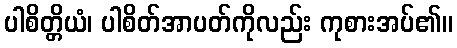
ပါစိတ္တိယံ၊ ပါစိတ်အာပတ်ကိုလည်း ကုစားအပ်၏။